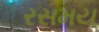
રસમય